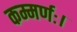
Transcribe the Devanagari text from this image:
कम्मर्णः।